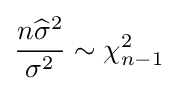
{\frac {n{\widehat {\sigma }}^{2}}{\sigma ^{2}}}\sim \chi _{n-1}^{2}